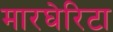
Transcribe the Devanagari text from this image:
मारघेरिटा